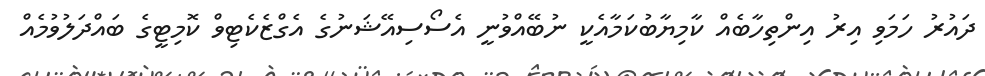
ދައުރު ހަމަވި އިރު އިންތިހާބެއް ކާމިޔާބުކަމާއެކީ ނުބޭއްވުނީ އެސޯސިއޭޝަނުގެ އެގްޒެކެޓިވް ކޮމިޓީގެ ބައްދަލުވުމެއް